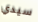
سيدي